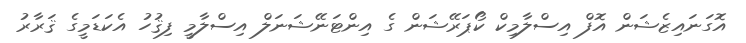
އޮގަނައިޒެޝަން އޮފް އިސްލާމިކް ކޯޕަރޭޝަން ގެ އިންޓަނޭޝަނަލް އިސްލާމީ ފިޤުހު އެކަޑަމީގެ ޤަރާރު